Leaving Certificate Examination (including Day School Certificate (Higher) General paper), 1927
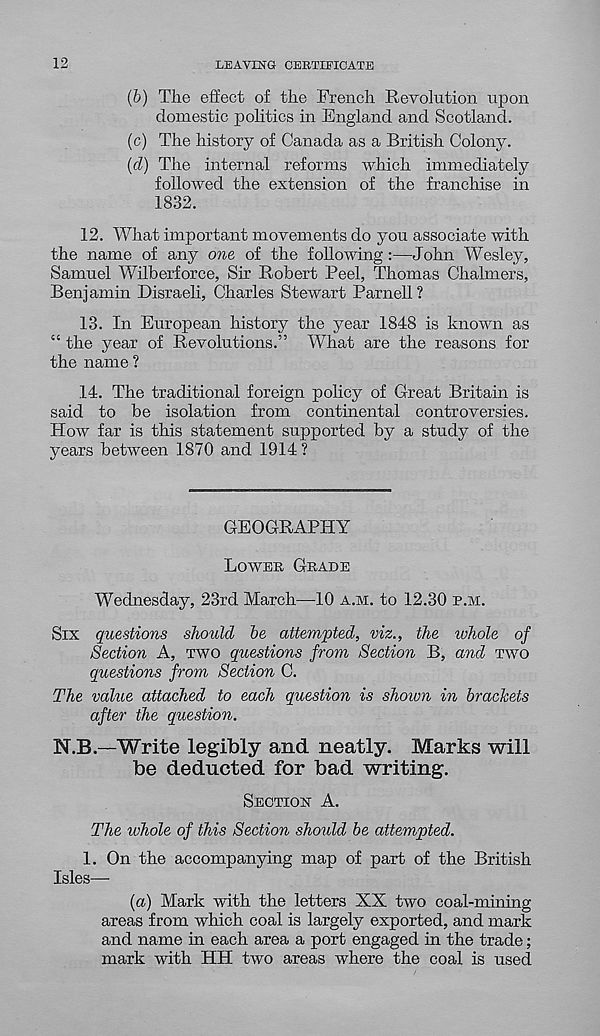
12
LEAVING CERTIFICATE
(b) The effect of the French Revolution upon
domestic politics in England and Scotland.
(c) The history of Canada as a British Colony.
(d) The internal reforms which immediately
followed the extension of the franchise in
1832.
12. What important movements do you associate with
the name of any one of the following:—John Wesley,
Samuel Wilberforce, Sir Robert Peel, Thomas Chalmers,
Benjamin Disraeli, Charles Stewart Parnell?
13. In European history the year 1848 is known as
“ the year of Revolutions.” What are the reasons for
the name ?
14. The traditional foreign policy of Great Britain is
said to he isolation from continental controversies.
How far is this statement supported by a study of the
years between 1870 and 1914 ?
GEOGRAPHY
LOWER GRADE
Wednesday, 23rd March—10 A.M. to 12.30 R.M.
SIX questions should be attempted, viz., the whole of
Section A, TWO questions from Section B, and TWO
questions from Section C.
The value attached to each question is shown in brackets
after the question.
N.B—Write legibly and neatly. Marks will
be deducted for bad writing.
SECTION A.
The ivhole of this Section should be attempted.
1. On the accompanying map of part of the British
Isles—
(a) Mark with the letters XX two coal-mining
areas from which coal is largely exported, and mark
and name in each area a port engaged in the trade;
mark with HH two areas where the coal is used